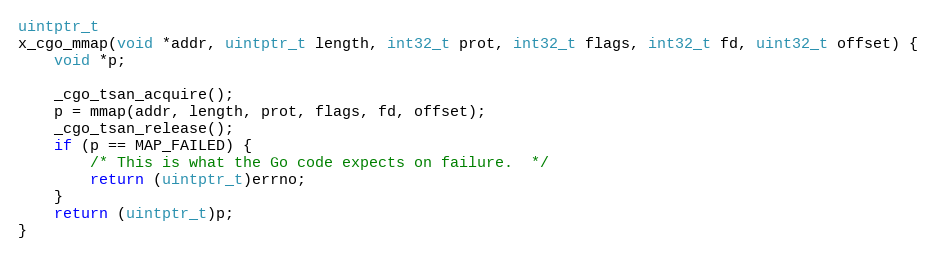
Language: C
uintptr_t
x_cgo_mmap(void *addr, uintptr_t length, int32_t prot, int32_t flags, int32_t fd, uint32_t offset) {
	void *p;

	_cgo_tsan_acquire();
	p = mmap(addr, length, prot, flags, fd, offset);
	_cgo_tsan_release();
	if (p == MAP_FAILED) {
		/* This is what the Go code expects on failure.  */
		return (uintptr_t)errno;
	}
	return (uintptr_t)p;
}